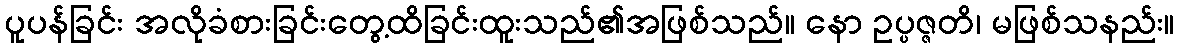
ပူပန်ခြင်း အလိုခံစားခြင်းတွေ့ထိခြင်းထူးသည်၏အဖြစ်သည်။ နော ဥပ္ပဇ္ဇတိ၊ မဖြစ်သနည်း။